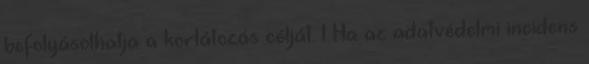
befolyásolhatja a korlátozás célját. 1 Ha az adatvédelmi incidens